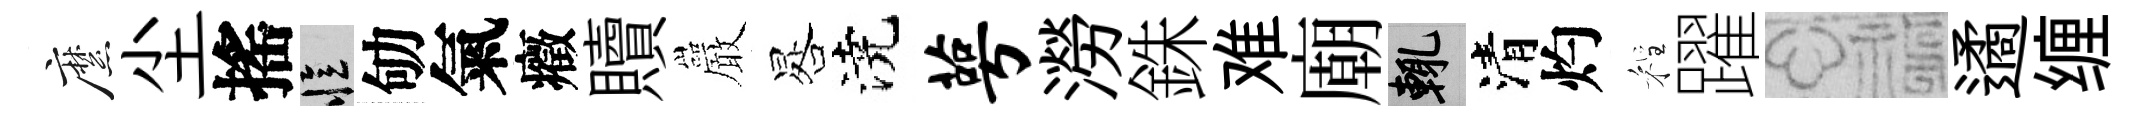
縻尘搖忆劬氣癥贖巖晷澆萼澇銖难廟輒清灼程躍福遹缠